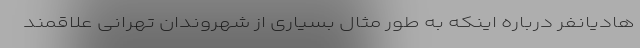
هادیانفر درباره اینکه به طور مثال بسیاری از شهروندان تهرانی علاقمند